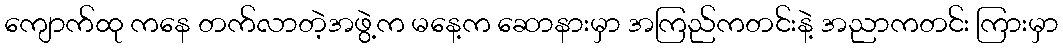
ကျောက်ထု ကနေ တက်လာတဲ့အဖွဲ့က မနေ့က ဆောနားမှာ အကြည်ကတင်းနဲ့ အညာကတင်း ကြားမှာ